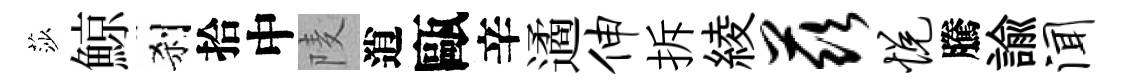
莎鯨刹拾中𨹧逍甌辛遹伸拆綾兹悦騰諭闻